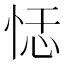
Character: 𰑞